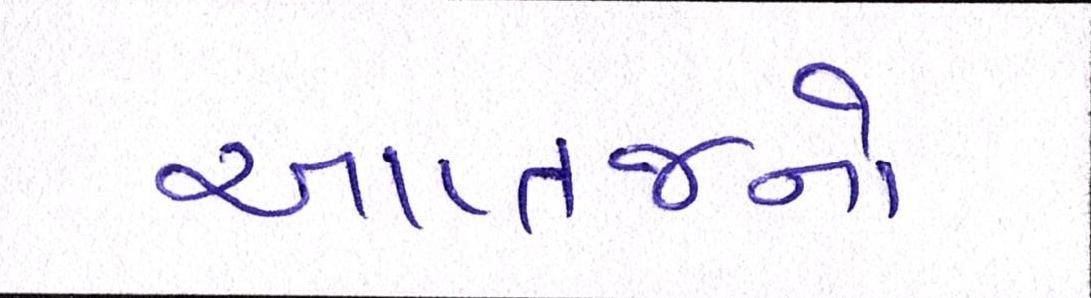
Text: આપ્તજનો